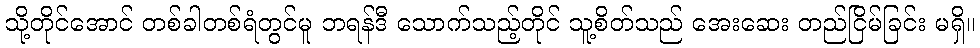
သို့တိုင်အောင် တစ်ခါတစ်ရံတွင်မူ ဘရန်ဒီ သောက်သည့်တိုင် သူ့စိတ်သည် အေးဆေး တည်ငြိမ်ခြင်း မရှိ။